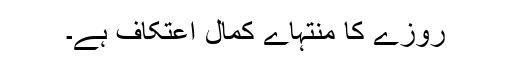
روزے کا منتہاے کمال اعتکاف ہے۔